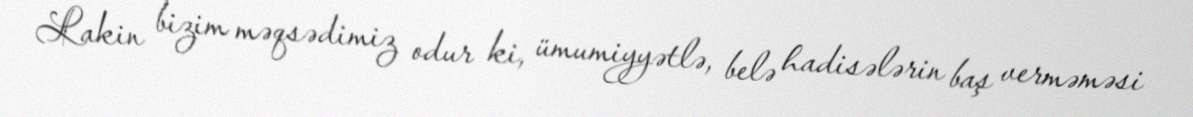
Lakin bizim məqsədimiz odur ki, ümumiyyətlə, belə hadisələrin baş verməməsi